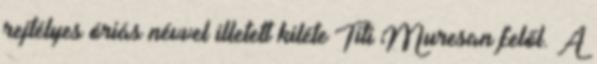
rejtélyes óriás névvel illetett kiléte Titi Muresan felől. A